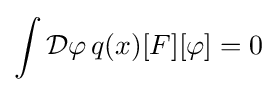
\int {\mathcal {D}}\varphi \,q(x)[F][\varphi ]=0